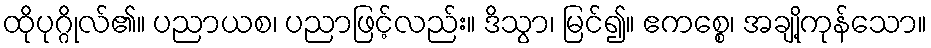
ထိုပုဂ္ဂိုလ်၏။ ပညာယစ၊ ပညာဖြင့်လည်း။ ဒိသွာ၊ မြင်၍။ ဧကစ္စေ၊ အချို့ကုန်သော။